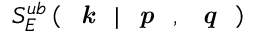
S _ { E } ^ { u b } \left( \textit { \textbf { k } } | \textit { \textbf { p } } , \textit { \textbf { q } } \right)